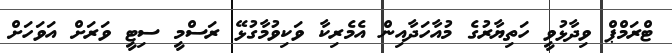
ޓްރަމްޕް ވިދާޅުވީ ހަތިޔާރުގެ މުއާހަދާއިން އެމެރިކާ ވަކިވުމާގުޅޭ ރަސްމީ ސިޓީ ވަރަށް އަވަހަށް